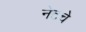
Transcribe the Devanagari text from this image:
नेटचे